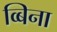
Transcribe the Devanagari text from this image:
व्बिना